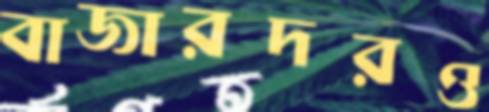
বাজারদরও